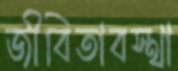
জীবিতাবস্থা